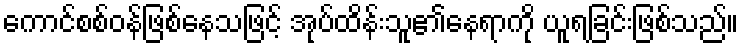
ကောင်စစ်ဝန်ဖြစ်နေသဖြင့် အုပ်ထိန်းသူ၏နေရာကို ယူရခြင်းဖြစ်သည်။